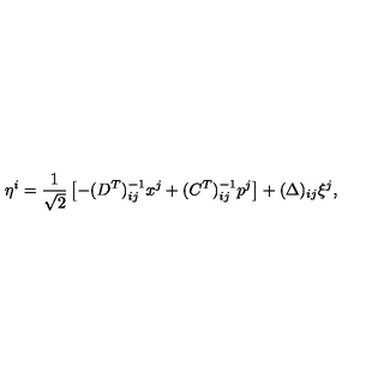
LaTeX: \eta ^ { i } = \frac { 1 } { \sqrt { 2 } } \left[ - ( D ^ { T } ) _ { i j } ^ { - 1 } x ^ { j } + ( C ^ { T } ) _ { i j } ^ { - 1 } p ^ { j } \right] + ( \Delta ) _ { i j } \xi ^ { j } ,